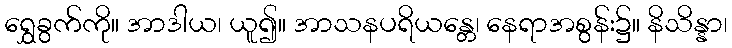
ရွှေခွက်ကို။ အာဒါယ၊ ယူ၍။ အာသနပရိယန္တေ၊ နေရာအစွန်း၌။ နိသိန္နာ၊